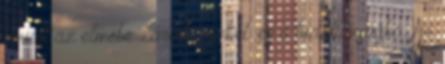
emiatt az elmébe zártak minket. és a tudatlanságba. Az